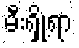
မီးရှို့ရာ